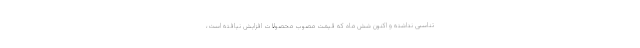
تناسبی نداشته و اکنون شش ماه که قیمت مصوب محصولات افزایش نیافته است،